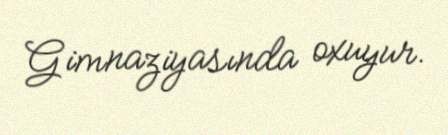
Gimnaziyasında oxuyur.